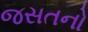
જસતનો